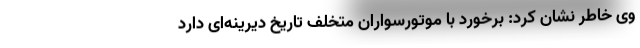
وی خاطر نشان کرد: برخورد با موتورسواران متخلف تاریخ دیرینه‌ای دارد